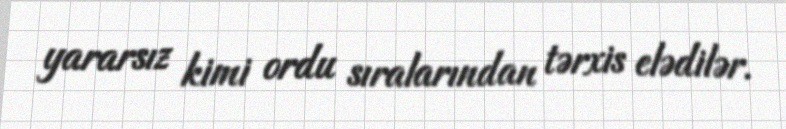
yararsız kimi ordu sıralarından tərxis elədilər.